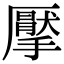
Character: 擪